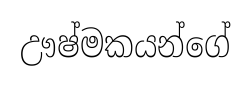
ඌෂ්මකයන්ගේ